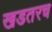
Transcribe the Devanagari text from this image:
खडतरच